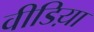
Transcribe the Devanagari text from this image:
वीडिय़ा